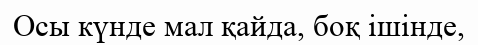
Осы күнде мал қайда, боқ ішінде,